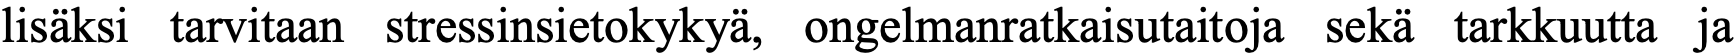
lisäksi tarvitaan stressinsietokykyä, ongelmanratkaisutaitoja sekä tarkkuutta ja